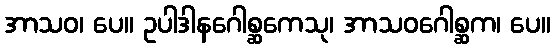
အာသဝ၊ ပေ။ ဥပါဒါနဂေါစ္ဆကေသု၊ အာသဝဂေါစ္ဆက၊ ပေ။